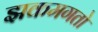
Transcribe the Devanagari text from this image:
झकमगतो